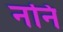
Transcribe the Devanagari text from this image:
ननि